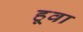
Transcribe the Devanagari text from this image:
हूवा